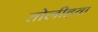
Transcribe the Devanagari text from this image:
तोलीहवा